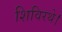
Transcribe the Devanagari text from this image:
शिविरथे।